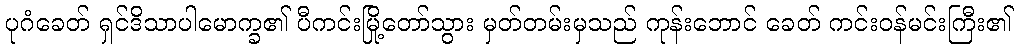
ပုဂံခေတ် ရှင်ဒိသာပါမောက္ခ၏ ပီကင်းမြို့တော်သွား မှတ်တမ်းမှသည် ကုန်းဘောင် ခေတ် ကင်းဝန်မင်းကြီး၏